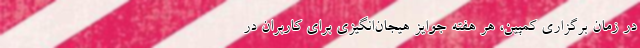
در زمان برگزاری کمپین، هر هفته جوایز هیجان‌انگیزی برای کاربران در